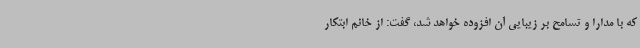
که با مدارا و تسامح بر زیبایی آن افزوده خواهد شد، گفت: از خانم ابتکار